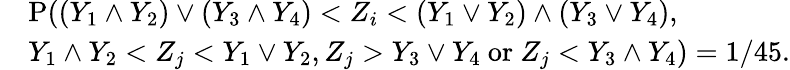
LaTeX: \begin{array}{rl}&{{\mathrm P}((Y_{1}\wedge Y_{2})\vee(Y_{3}\wedge Y_{4})<Z_{i}<(Y_{1}\vee Y_{2})\wedge(Y_{3}\vee Y_{4}),}\\ &{Y_{1}\wedge Y_{2}<Z_{j}<Y_{1}\vee Y_{2},Z_{j}>Y_{3}\vee Y_{4}~\mathrm{or}~Z_{j}<Y_{3}\wedge Y_{4})=1/45.}\end{array}